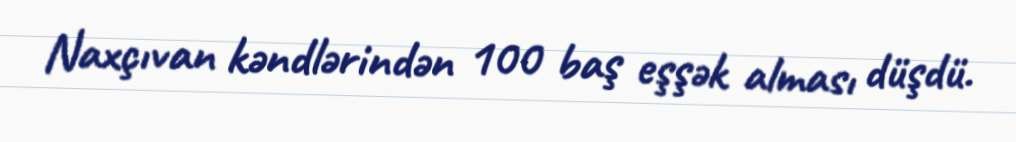
Naxçıvan kəndlərindən 100 baş eşşək alması düşdü.